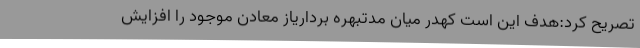
تصریح کرد:هدف این است کهدر میان مدتبهره برداریاز معادن موجود را افزایش